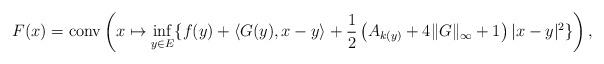
LaTeX: \begin{align*}F(x)=\textrm{conv}\left( x\mapsto \inf_{y\in E}\{f(y)+\langle G(y), x-y\rangle +\frac{1}{2}\left( A_{k(y)} +4\|G\|_{\infty}+1\right) |x-y|^2\}\right),\end{align*}